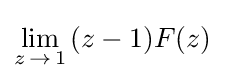
\lim _{z\,\to \,1}{(z-1)F(z)}